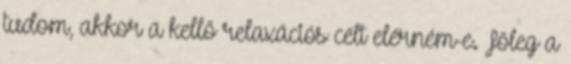
tudom, akkor a kellő relaxációs célt elérném-e. Főleg a